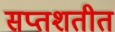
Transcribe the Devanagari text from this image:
सप्तशतीत